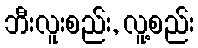
ဘီးလူးစည်း, လူ့စည်း